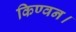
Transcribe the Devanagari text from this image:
किण्वन।